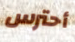
أحترس